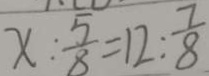
x : \frac { 5 } { 8 } = 1 2 : \frac { 7 } { 8 }